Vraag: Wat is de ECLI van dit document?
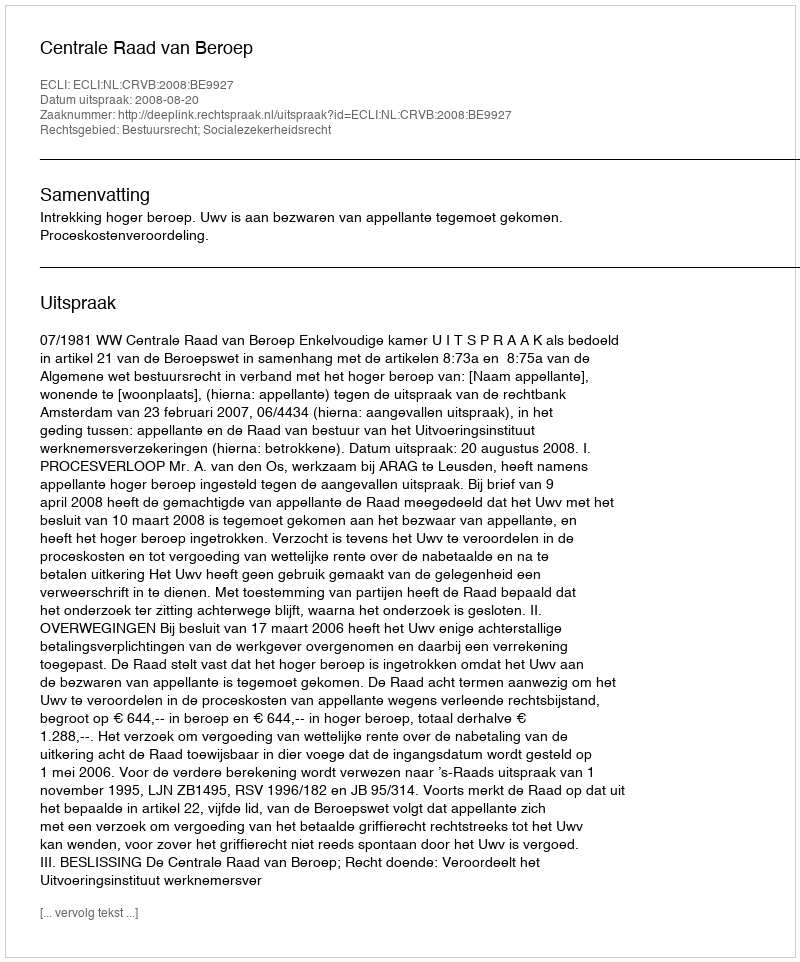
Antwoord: ECLI:NL:CRVB:2008:BE9927